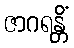
ဇာဂရန္တိံ